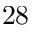
^ Ḋ 2 8 Ḍ